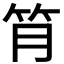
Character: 𥬅